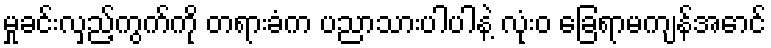
မှုခင်းလှည့်ကွက်ကို တရားခံက ပညာသားပါပါနဲ့ လုံးဝ ခြေရာမကျန်အောင်